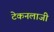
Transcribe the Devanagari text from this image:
टेकनलाजी